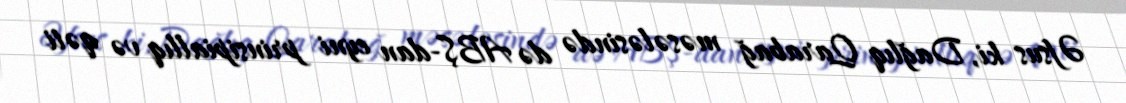
Əfsus ki, Dağlıq Qarabağ məsələsində də ABŞ-dan eyni prinsipiallıq və qəti